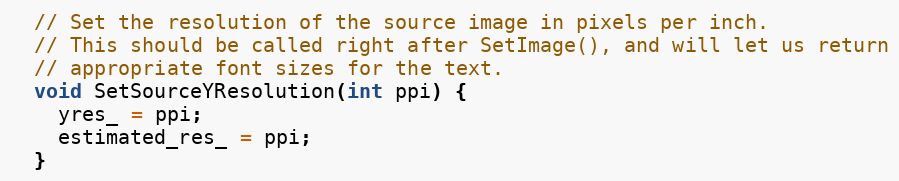
Language: C
  // Set the resolution of the source image in pixels per inch.
  // This should be called right after SetImage(), and will let us return
  // appropriate font sizes for the text.
  void SetSourceYResolution(int ppi) {
    yres_ = ppi;
    estimated_res_ = ppi;
  }